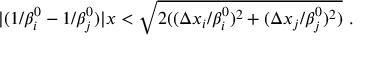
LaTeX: | ( 1 / \beta _ { i } ^ { 0 } - 1 / \beta _ { j } ^ { 0 } ) | x < \sqrt { 2 ( ( \Delta x _ { i } / \beta _ { i } ^ { 0 } ) ^ { 2 } + ( \Delta x _ { j } / \beta _ { j } ^ { 0 } ) ^ { 2 } ) } ~ .